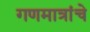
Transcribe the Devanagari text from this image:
गणमात्रांचे